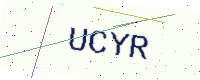
Text: UCYR